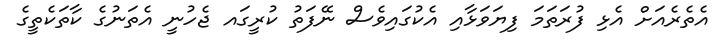
އެތެރެއަށް އެޅި ފުރަތަމަ ފިޔަވަޅާއި އެކުގައިވެސް ނޭފަތު ކުރީގައ ޖެހުނީ އެތަނުގެ ކާތަކެތީގެ